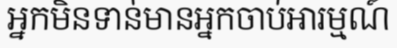
អ្នកមិនទាន់មានអ្នកចាប់អារម្មណ៍